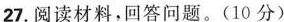
27.阅读材料，回答问题。(10分)